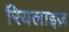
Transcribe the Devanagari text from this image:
रियलाइज़